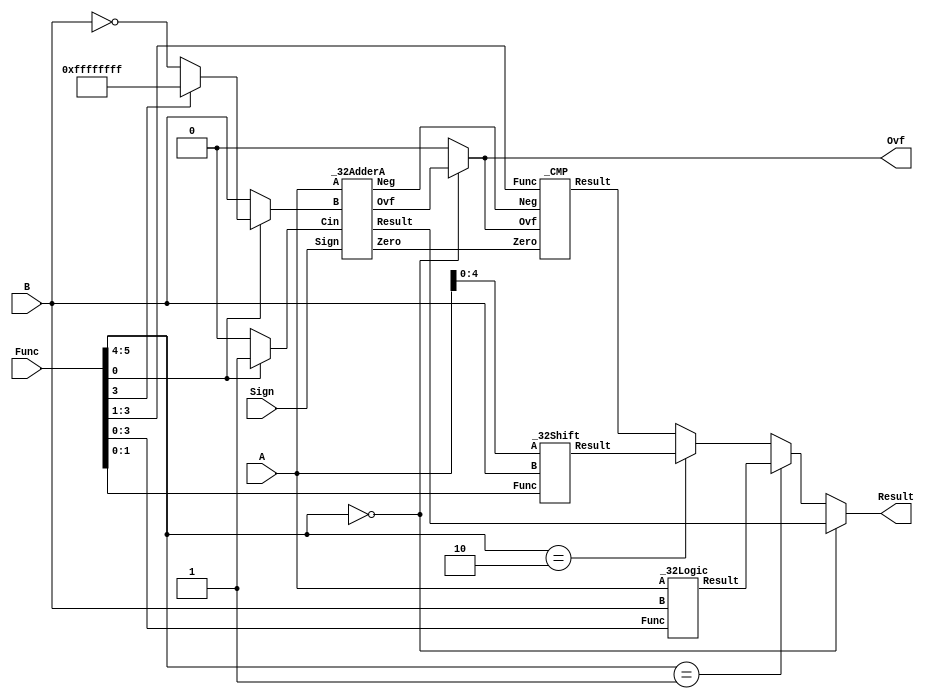
//32bit
module _32ALU(A, B, Func, Sign, Result, Ovf);
	input [31:0] A, B;
	input [5:0] Func;
	input Sign;
	output [31:0] Result;
	output Ovf;
	
	wire Zero, AdderOvf, Neg, Cin;
	wire [31:0] AB, AResult, LResult, SResult, CResult;
	
	_32AdderA Adder1(A, AB, Cin, Sign, AResult, Zero, AdderOvf, Neg);
	_32Logic Logic1(A, B, Func[3:0], LResult);
	_32Shift Shift1(A[4:0], B, Func[1:0], SResult);
	_CMP CMP1(Zero, Ovf, Neg, Func[3:1], CResult);
	
	assign Result=(Func[5:4]==2'b00)?AResult:
				  (Func[5:4]==2'b01)?LResult:
				  (Func[5:4]==2'b10)?SResult:
				  CResult; 
	assign Cin=Func[0]?1'b1:1'b0;
	assign AB=(Func[0])?((Func[3])?(~32'b0):(~B)):B;
	assign Ovf=(Func[5:4]==2'b00)?AdderOvf:1'b0;
	
endmodule

//8bit, , 
module _8AdderA(A, B, Cin, Result, GroupP, GroupG, Co, Col);
	input [7:0] A, B;
	input Cin;
	output [7:0] Result;
	output Co, Col, GroupP, GroupG;
	
	wire [7:0] G, P, C;
	
	assign Col=C[7];
	assign G=A&B;
	assign P=A^B;
	assign C[0]=Cin;
	assign C[1]=G[0]|(P[0]&Cin);
	assign C[2]=G[1]|(P[1]&G[0])|(P[1]&P[0]&Cin);
	assign C[3]=G[2]|(P[2]&G[1])|(P[2]&P[1]&G[0])|
				(P[2]&P[1]&P[0]&Cin);
	assign C[4]=G[3]|(P[3]&G[2])|(P[3]&P[2]&G[1])|
				(P[3]&P[2]&P[1]&G[0])|(P[3]&P[2]&P[1]&P[0]&Cin);
	assign C[5]=G[4]|(P[4]&G[3])|(P[4]&P[3]&G[2])|
				(P[4]&P[3]&P[2]&G[1])|(P[4]&P[3]&P[2]&P[1]&G[0])|
				(P[4]&P[3]&P[2]&P[1]&P[0]&Cin);
	assign C[6]=G[5]|(P[5]&G[4])|(P[5]&P[4]&G[3])|
				(P[5]&P[4]&P[3]&G[2])|(P[5]&P[4]&P[3]&P[2]&G[1])|
				(P[5]&P[4]&P[3]&P[2]&P[1]&G[0])|
				(P[5]&P[4]&P[3]&P[2]&P[1]&P[0]&Cin);
	assign C[7]=G[6]|(P[6]&G[5])|(P[6]&P[5]&G[4])|
				(P[6]&P[5]&P[4]&G[3])|(P[6]&P[5]&P[4]&P[3]&G[2])|
				(P[6]&P[5]&P[4]&P[3]&P[2]&G[1])|
				(P[6]&P[5]&P[4]&P[3]&P[2]&P[1]&G[0])|
				(P[6]&P[5]&P[4]&P[3]&P[2]&P[1]&P[0]&Cin);
	assign   Co=G[7]|(P[7]&G[6])|(P[7]&P[6]&G[5])|
				(P[7]&P[6]&P[5]&G[4])|(P[7]&P[6]&P[5]&P[4]&G[3])|
				(P[7]&P[6]&P[5]&P[4]&P[3]&G[2])|
				(P[7]&P[6]&P[5]&P[4]&P[3]&P[2]&G[1])|
				(P[7]&P[6]&P[5]&P[4]&P[3]&P[2]&P[1]&G[0])|
				(P[7]&P[6]&P[5]&P[4]&P[3]&P[2]&P[1]&P[0]&Cin);
	assign Result=P^C;
	assign GroupP=P[7]&P[6]&P[5]&P[4]&P[3]&P[2]&P[1]&P[0];
	assign GroupG=G[7]|(P[7]&G[6])|(P[7]&P[6]&G[5])|
				(P[7]&P[6]&P[5]&G[4])|(P[7]&P[6]&P[5]&P[4]&G[3])|
				(P[7]&P[6]&P[5]&P[4]&P[3]&G[2])|
				(P[7]&P[6]&P[5]&P[4]&P[3]&P[2]&G[1])|
				(P[7]&P[6]&P[5]&P[4]&P[3]&P[2]&P[1]&G[0]);

endmodule

//32bit, Zero, Overflow, Negetive
module _32AdderA(A, B, Cin, Sign, Result, Zero, Ovf, Neg);
	input [31:0] A, B;
	input Cin, Sign;
	output [31:0] Result;
	output Zero, Ovf, Neg;
	
	wire [4:0] Ct;
	wire [3:0] GroupP, GroupG;
	
	assign Ct[0]=GroupG[0]|(GroupP[0]&Cin);
	assign Ct[1]=GroupG[1]|(GroupP[1]&GroupG[0])|
				 (GroupP[1]&GroupP[0]&Cin);
	assign Ct[2]=GroupG[2]|(GroupP[2]&GroupG[1])|
				 (GroupP[2]&GroupP[1]&GroupG[0])|
				 (GroupP[2]&GroupP[1]&GroupP[0]&Cin);
	
	_8AdderA Adder1(A[7:0], B[7:0], Cin, Result[7:0], GroupP[0], GroupG[0]);
	_8AdderA Adder2(A[15:8], B[15:8], Ct[0], Result[15:8], GroupP[1], GroupG[1]);
	_8AdderA Adder3(A[23:16], B[23:16], Ct[1], Result[23:16], GroupP[2], GroupG[2]);
	_8AdderA Adder4(A[31:24], B[31:24], Ct[2], Result[31:24], GroupP[3], GroupG[3], Ct[4], Ct[3]);
	
	assign Zero=(Result==32'b0)?1'b1:1'b0;
	assign Ovf=Sign?(Ct[3]^Ct[4]):Ct[4];
	assign Neg=Sign?Result[31]:(~Ct[4]);
	
endmodule 

//32bit
module _32Logic(A, B, Func, Result);
	input [31:0] A, B;
	input [3:0] Func;
	output [31:0] Result;
	
	assign Result=(Func==4'b1000)?(A&B):
				  (Func==4'b1110)?(A|B):
				  (Func==4'b0110)?(A^B):
				  (Func==4'b0001)?(~(A|B)):
				  A;
	
endmodule

//32bit
module _32Shift(A, B, Func, Result);
	input [31:0] B;
	input [4:0] A;
	input [1:0] Func;
	output [31:0] Result;
	
	wire [31:0] LShift, RShift, ARShift;
	
	_32LShift Shift1(B, A, LShift);
	_32RShift Shift2(B, A, RShift);
	_32ARShift Shift3(B, A, ARShift);
	
	assign Result=(Func==2'b00)?LShift:
				  (Func==2'b01)?RShift:
				  ARShift;	
				  
endmodule

//
module _CMP(Zero, Ovf, Neg, Func, Result);
	input Zero, Ovf, Neg;
	input [2:0] Func;
	output [31:0] Result;
	
	assign Result[31:1]=31'b0;
	assign Result[0]=(Func[2])?(
					 (Func[1])?(
					 (Func[0])?((~Neg)&(~Zero)):(Neg|Zero)):(
					 (Func[0])?1'b0:(~Neg))):(
					 (Func[1])?(
					 (Func[0])?1'b0:Neg):(
					 (Func[0])?Zero:(~Zero))); 
					 
endmodule

//1
module _32LShift1(A, Result);
	input [31:0] A;
	output [31:0] Result;
	
	assign Result={A[30:0], 1'b0};
	
endmodule

//2
module _32LShift2(A, Result);
	input [31:0] A;
	output [31:0] Result;
	
	assign Result={A[29:0], 2'b0};
	
endmodule
//4
module _32LShift4(A, Result);
	input [31:0] A;
	output [31:0] Result;
	
	assign Result={A[27:0], 4'b0};
	
endmodule
//8
module _32LShift8(A, Result);
	input [31:0] A;
	output [31:0] Result;
	
	assign Result={A[23:0], 8'b0};
	
endmodule

//16
module _32LShift16(A, Result);
	input [31:0] A;
	output [31:0] Result;
	
	assign Result={A[15:0], 16'b0};
	
endmodule

//1
module _32RShift1(A, Result);
	input [31:0] A;
	output [31:0] Result;
	
	assign Result={1'b0, A[31:1]};
	
endmodule

//2
module _32RShift2(A, Result);
	input [31:0] A;
	output [31:0] Result;
	
	assign Result={2'b0, A[31:2]};
	
endmodule

//4
module _32RShift4(A, Result);
	input [31:0] A;
	output [31:0] Result;
	
	assign Result={4'b0, A[31:4]};
	
endmodule

//8
module _32RShift8(A, Result);
	input [31:0] A;
	output [31:0] Result;
	
	assign Result={8'b0, A[31:8]};
	
endmodule

//16
module _32RShift16(A, Result);
	input [31:0] A;
	output [31:0] Result;
	
	assign Result={16'b0, A[31:16]};
	
endmodule

//1
module _32ARShift1(A, Result);
	input [31:0] A;
	output [31:0] Result;
	
	wire [1:0] Temp;
	
	assign Temp=A[31]?2'b11:2'b0;	
	assign Result={Temp, A[30:1]};
	
endmodule

//2
module _32ARShift2(A, Result);
	input [31:0] A;
	output [31:0] Result;
	
	wire [2:0] Temp;
	
	assign Temp=A[31]?3'b111:3'b0;	
	assign Result={Temp, A[30:2]};
	
endmodule

//4
module _32ARShift4(A, Result);
	input [31:0] A;
	output [31:0] Result;
	
	wire [4:0] Temp;
	
	assign Temp=A[31]?5'b1_1111:5'b0;	
	assign Result={Temp, A[30:4]};
	
endmodule

//8
module _32ARShift8(A, Result);
	input [31:0] A;
	output [31:0] Result;
	
	wire [8:0] Temp;
	
	assign Temp=A[31]?9'b1_1111_1111:9'b0;	
	assign Result={Temp, A[30:8]};
	
endmodule

//16
module _32ARShift16(A, Result);
	input [31:0] A;
	output [31:0] Result;
	
	wire [16:0] Temp;
	
	assign Temp=A[31]?17'b1_1111_1111_1111_1111:17'b0;	
	assign Result={Temp, A[30:16]};
	
endmodule

//32
module _32LShift(A, Shift, Result);
	input [31:0] A;
	input [4:0] Shift;
	output [31:0] Result;
	
	wire [31:0] RTemp[0:5];
	wire [31:0] ATemp[0:4];
	
	_32LShift1 Shift1(A, RTemp[0]);
	_32LShift2 Shift2(ATemp[0], RTemp[1]);
	_32LShift4 Shift3(ATemp[1], RTemp[2]);
	_32LShift8 Shift4(ATemp[2], RTemp[3]);
	_32LShift16 Shift5(ATemp[3], RTemp[4]);
	
	assign ATemp[0]=Shift[0]?RTemp[0]:A;
	assign ATemp[1]=Shift[1]?RTemp[1]:ATemp[0];
	assign ATemp[2]=Shift[2]?RTemp[2]:ATemp[1];
	assign ATemp[3]=Shift[3]?RTemp[3]:ATemp[2];
	assign Result=Shift[4]?RTemp[4]:ATemp[3];
	
endmodule

//32
module _32RShift(A, Shift, Result);
	input [31:0] A;
	input [4:0] Shift;
	output [31:0] Result;
	
	wire [31:0] RTemp[0:5];
	wire [31:0] ATemp[0:4];
	
	_32RShift1 Shift1(A, RTemp[0]);
	_32RShift2 Shift2(ATemp[0], RTemp[1]);
	_32RShift4 Shift3(ATemp[1], RTemp[2]);
	_32RShift8 Shift4(ATemp[2], RTemp[3]);
	_32RShift16 Shift5(ATemp[3], RTemp[4]);
	
	assign ATemp[0]=Shift[0]?RTemp[0]:A;
	assign ATemp[1]=Shift[1]?RTemp[1]:ATemp[0];
	assign ATemp[2]=Shift[2]?RTemp[2]:ATemp[1];
	assign ATemp[3]=Shift[3]?RTemp[3]:ATemp[2];
	assign Result=Shift[4]?RTemp[4]:ATemp[3];
	
endmodule

//32
module _32ARShift(A, Shift, Result);
	input [31:0] A;
	input [4:0] Shift;
	output [31:0] Result;
	
	wire [31:0] RTemp[0:5];
	wire [31:0] ATemp[0:4];
	
	_32ARShift1 Shift1(A, RTemp[0]);
	_32ARShift2 Shift2(ATemp[0], RTemp[1]);
	_32ARShift4 Shift3(ATemp[1], RTemp[2]);
	_32ARShift8 Shift4(ATemp[2], RTemp[3]);
	_32ARShift16 Shift5(ATemp[3], RTemp[4]);
	
	assign ATemp[0]=Shift[0]?RTemp[0]:A;
	assign ATemp[1]=Shift[1]?RTemp[1]:ATemp[0];
	assign ATemp[2]=Shift[2]?RTemp[2]:ATemp[1];
	assign ATemp[3]=Shift[3]?RTemp[3]:ATemp[2];
	assign Result=Shift[4]?RTemp[4]:ATemp[3];
	
endmodule